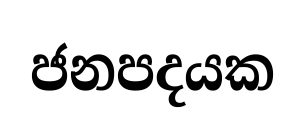
ජනපදයක